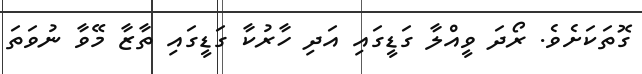
ގޮތަކަށެވެ. ރޯދަ ވީއްލާ ގަޑީގައި އަދި ހާރުކާ ގަޑީގައި ތާޒާ މޭވާ ނުވަތަ